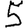
Digit: 5